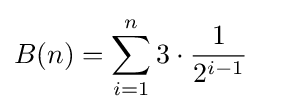
B(n)=\sum _{i=1}^{n}3\cdot {\frac {1}{2^{i-1}}}\quad